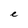
Character: e